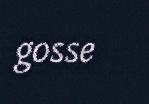
gosse